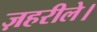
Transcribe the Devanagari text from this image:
ज़हरीले।